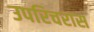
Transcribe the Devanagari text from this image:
उपरिचरास